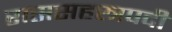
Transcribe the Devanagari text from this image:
राससहस्त्रपदी